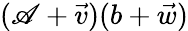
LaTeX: (\mathscr{A}+{\vec{{v}}})(b+{\vec{{w}}})